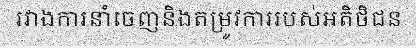
រវាងការនាំចេញនិងតម្រូវការរបស់អតិថិជន